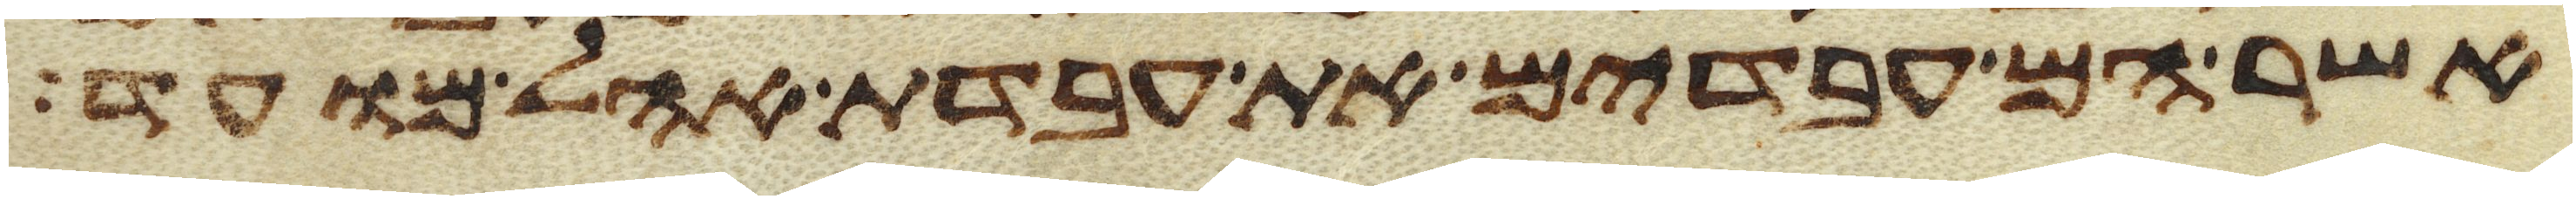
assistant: אשר הם עבדים את עבדת אהל מועד